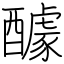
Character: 醵